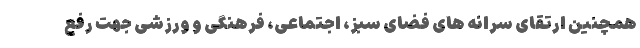
همچنین ارتقای سرانه های فضای سبز، اجتماعی، فرهنگی و ورزشی جهت رفع